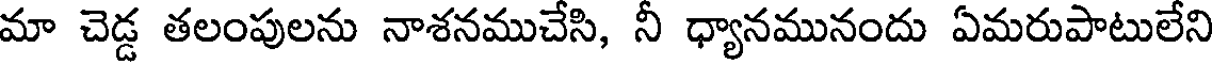
మా చెడ్డ తలంపులను నాశనముచేసి, నీ ధ్యానమునందు ఏమరుపాటులేని